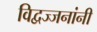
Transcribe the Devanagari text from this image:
विद्वज्जनांनी